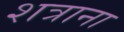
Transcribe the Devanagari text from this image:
शत्राना